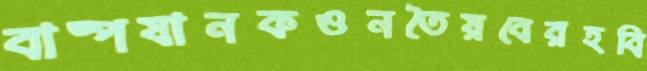
বাষ্পযানকওনতৈয়বেরহবি